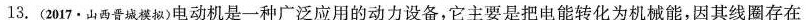
13.(2017.山西晋城模拟)电动机是一种广泛应用的动力设备，它主要是把电能转化为机械能，因其线圈存在